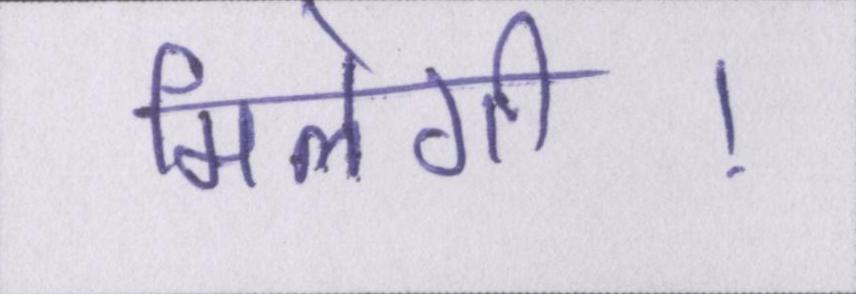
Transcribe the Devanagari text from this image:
मिलेगी।